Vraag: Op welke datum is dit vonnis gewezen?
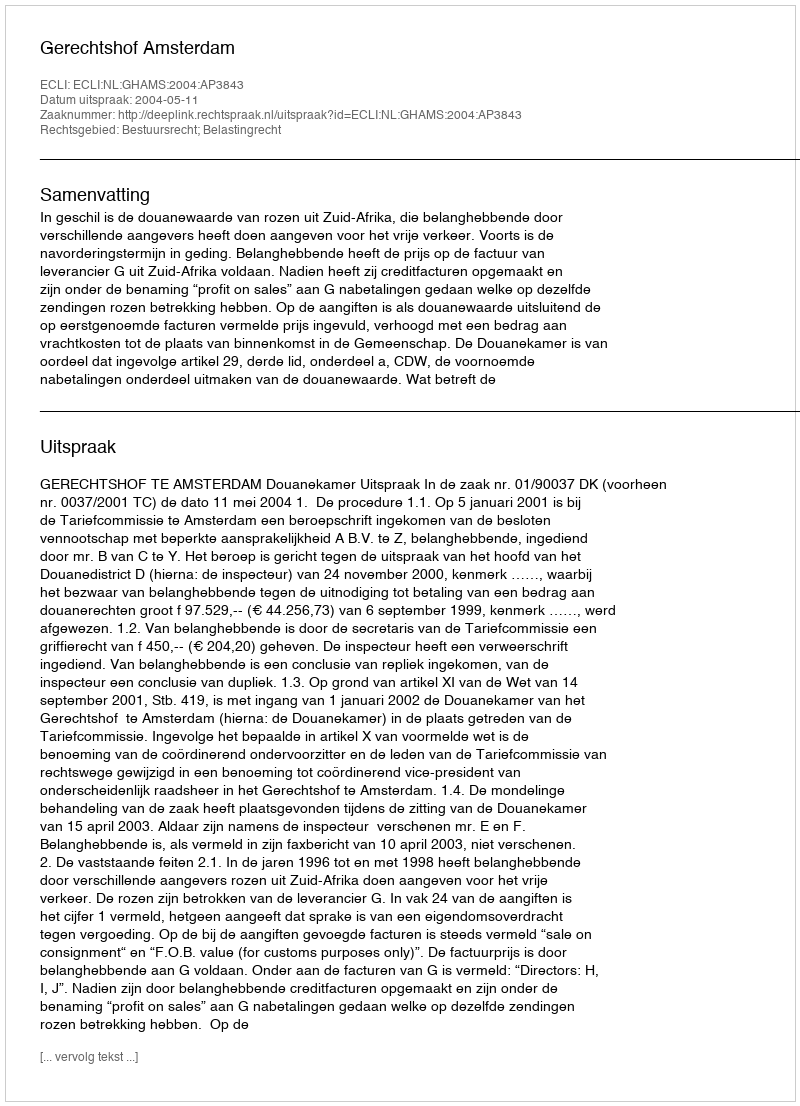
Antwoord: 2004-05-11